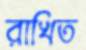
রাখিত